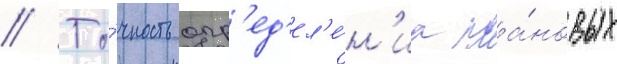
// То́чность опр'ед'ел'е́н'иа пла́новых